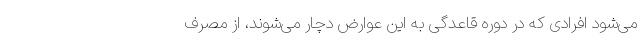
می‌شود افرادی که در دوره قاعدگی به این عوارض دچار می‌شوند، از مصرف